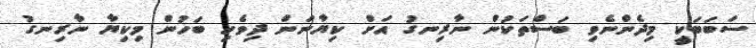
ސަބަބަކީ މިދެންނެވި ބަސްތަކުން ނާރިނގު އަށް ކިޔާނަން ދިވެހި ބަހުން މިކިޔާ ނާރިނގު